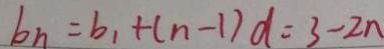
b _ { n } = b _ { 1 } + ( n - 1 ) d = 3 - 2 n